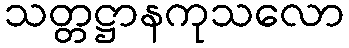
သတ္တဋ္ဌာနကုသလော